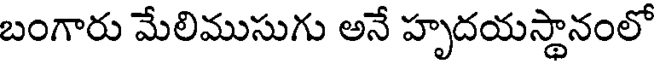
బంగారు మేలిముసుగు అనే హృదయస్థానంలో